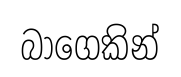
බාගෙකින්